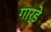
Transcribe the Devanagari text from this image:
गार्डे